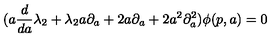
( a \frac { d } { d a } \lambda _ { 2 } + \lambda _ { 2 } a \partial _ { a } + 2 a \partial _ { a } + 2 a ^ { 2 } \partial _ { a } ^ { 2 } ) \phi ( p , a ) = 0